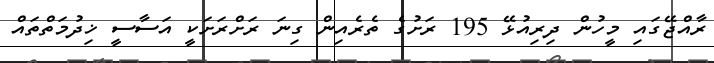
ރާއްޖޭގައި މީހުން ދިރިއުޅޭ 195 ރަށުގެ ތެރެއިން ގިނަ ރަށްރަށަކީ އަސާސީ ޚިދުމަތްތައް